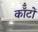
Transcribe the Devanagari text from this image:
कॉँटों